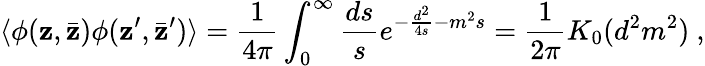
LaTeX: \langle\phi(\mathbf{z},\bar{{\mathbf{z}}})\phi(\mathbf{z}^{\prime},\bar{{\mathbf{z}}}^{\prime})\rangle={\frac{{1}}{{4\pi}}}\int_{0}^{\infty}{\frac{{ds}}{{s}}}e^{-{\frac{{d^{2}}}{{4s}}}-m^{2}s}={\frac{{1}}{{2\pi}}}K_{0}(d^{2}m^{2})~,